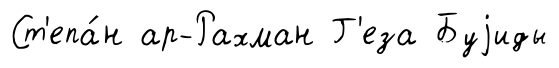
Ст'епа́н ар-Рахман Г'еза Буjиды